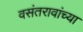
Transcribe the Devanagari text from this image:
वसंतरावांच्या